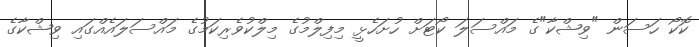
ކޮކޯ ހަސަން "ވިޝްކާ"ގެ މައްސަލަ ކޯޓަށް ހުށަހެޅީ މިފިލްމުގެ މިލްކުވެރިކަމުގެ މައްސަލައެއްގައި ވިޝްކާގެ